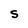
Character: S